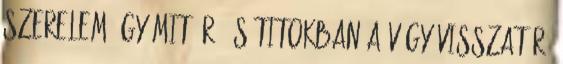
szerelem úgy mit ér, és titokban a vágy visszatér.